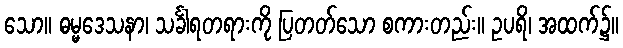
သော။ ဓမ္မဒေသနာ၊ သင်္ခါရတရားကို ပြတတ်သော စကားတည်း။ ဥပရိ၊ အထက်၌။